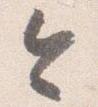
令